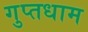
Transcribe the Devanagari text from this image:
गुप्तधाम